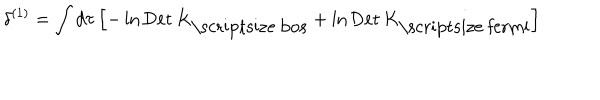
LaTeX: \delta ^ { ( 1 ) } = \int d \tau \left[ - \ln \mathrm { D e t } \, K _ { \mathrm { \scriptsize ~ b o s } } + \ln \mathrm { D e t } \, K _ { \mathrm { \scriptsize ~ f e r m i } } \right]